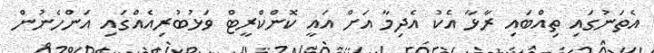
އެތަނުގައި ތިއްބައި ރާޅާ އެކު އެދިމާ އަށް އައީ ކޮންކްރީޓް ވަޅުބުރިއެއްގައި އަންހެނުން